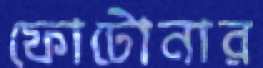
ফোটোনার